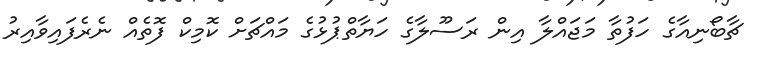
ޗާބޯނިއާގެ ހަފުތާ މަޖައްލާ އިން ރަސޫލާގެ ހަޔާތްޕުޅުގެ މައްޗަށް ކޮމިކް ފޮތެއް ނެރެފައިވާއިރު